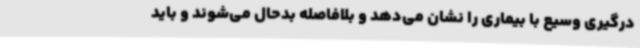
درگیری وسیع با بیماری را نشان می‌دهد و بلافاصله بدحال می‌شوند و باید